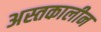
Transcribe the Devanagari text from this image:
अस्तकालीन